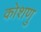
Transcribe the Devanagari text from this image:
कोशणु